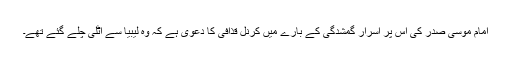
امام موسی صدر کی اس پر اسرار گمشدگی کے بارے میں کرنل قذافی کا دعوی ہے کہ وہ لیبیا سے اٹلی چلے گئے تھے۔